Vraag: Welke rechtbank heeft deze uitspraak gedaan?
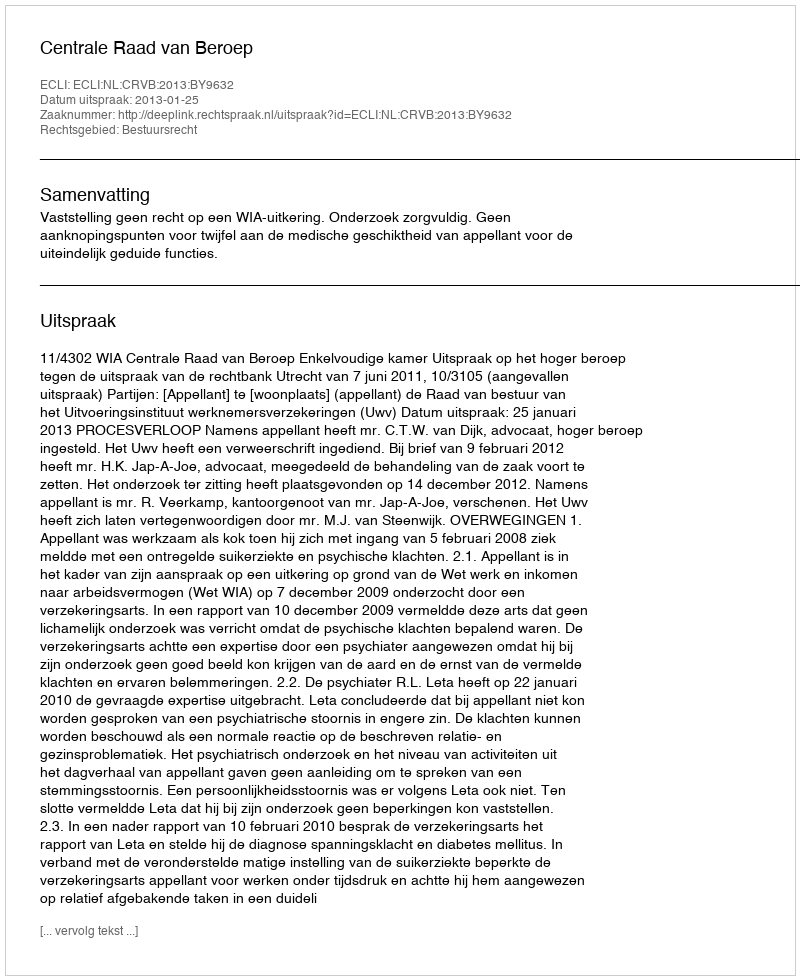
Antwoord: Centrale Raad van Beroep